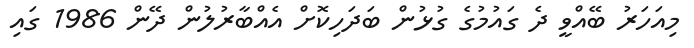
މިއަހަރު ބޭއްވީ ދެ ގައުމުގެ ގުޅުން ބަދަހިކޮށް އެއްބާރުލުން ދޭން 1986 ގައި